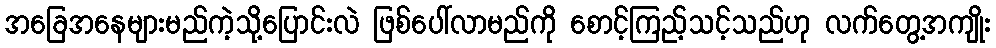
အခြေအနေများမည်ကဲ့သို့ပြောင်းလဲ ဖြစ်ပေါ်လာမည်ကို စောင့်ကြည့်သင့်သည်ဟု လက်တွေ့အကျိုး